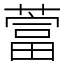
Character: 䔰